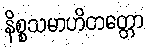
နိစ္စသမာဟိတတ္တော